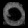
Digit: ၀